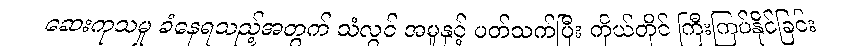
ဆေးကုသမှု ခံနေရသည့်အတွက် သံလွင် အမှုနှင့် ပတ်သက်ပြီး ကိုယ်တိုင် ကြီးကြပ်နိုင်ခြင်း